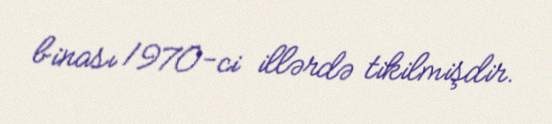
binası 1970-ci illərdə tikilmişdir.